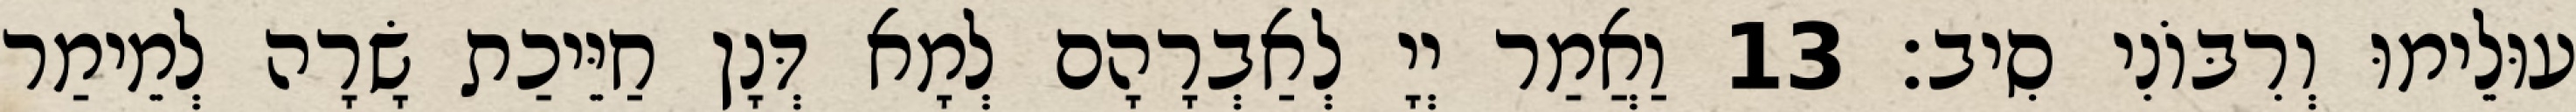
עוּלֵימוּ וְרִבּוֹנִי סִיב׃ 13 וַאֲמַר יְיָ לְאַבְרָהָם לְמָא דְּנָן חַיֵּיכַת שָׂרָה לְמֵימַר